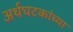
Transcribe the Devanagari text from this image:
अर्थघटकांच्या